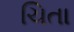
ચિતા